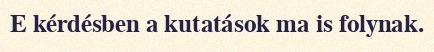
E kérdésben a kutatások ma is folynak.